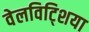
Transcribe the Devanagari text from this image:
वेलविट्शिया